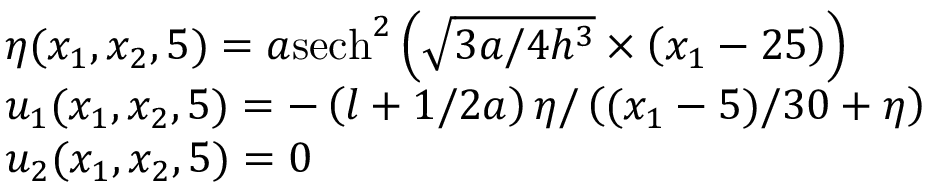
\begin{array} { r l } & { \eta ( x _ { 1 } , x _ { 2 } , 5 ) = a { { \operatorname { s e c h } } ^ { 2 } } \left( \sqrt { 3 a / 4 { { h } ^ { 3 } } } \times \left( x _ { 1 } - 2 5 \right) \right) } \\ & { u _ { 1 } ( x _ { 1 } , x _ { 2 } , 5 ) = - \left( l + 1 / 2 a \right) \eta / \left( ( x _ { 1 } - 5 ) / 3 0 + \eta \right) } \\ & { u _ { 2 } ( x _ { 1 } , x _ { 2 } , 5 ) = 0 } \end{array}